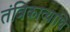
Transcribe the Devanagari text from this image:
तंत्रिकाव्याधि